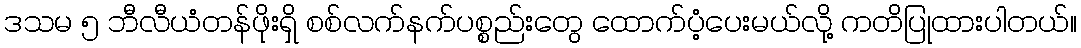
ဒသမ ၅ ဘီလီယံတန်ဖိုးရှိ စစ်လက်နက်ပစ္စည်းတွေ ထောက်ပံ့ပေးမယ်လို့ ကတိပြုထားပါတယ်။